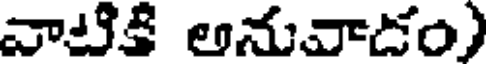
వాటికి అనువాడం)